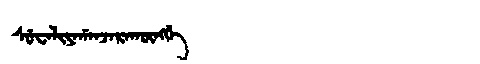
Manchu: ᠰᡠᠸᠠᠯᡳᠶᠠᡤᠠᠨᠵᠠᡵᠠᡴᡡᠩᡤᡝ
Romanization: SUWALIYAGANJARAKŪNGGE